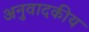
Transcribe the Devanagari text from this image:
अनुवादकीय